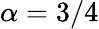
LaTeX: \alpha=3/4